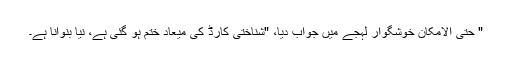
" حتی الامکان خوشگوار لہجے میں جواب دیا، "شناختی کارڈ کی میعاد ختم ہو گئی ہے، نیا بنوانا ہے۔